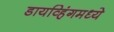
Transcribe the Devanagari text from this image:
डायव्हिंगमध्ये